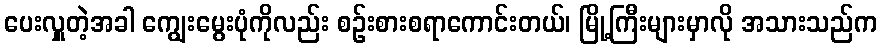
ပေးလှူတဲ့အခါ ကျွေးမွေးပုံကိုလည်း စဉ်းစားစရာကောင်းတယ်၊ မြို့ကြီးများမှာလို အသားသည်က